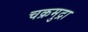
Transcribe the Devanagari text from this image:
चक्रमुद्रा